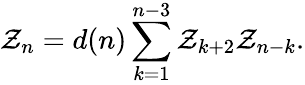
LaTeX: {\cal Z}_{n}=d(n)\sum_{k=1}^{n-3}{\cal Z}_{k+2}{\cal Z}_{n-k}.